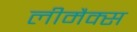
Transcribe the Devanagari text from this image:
लीमैक्स